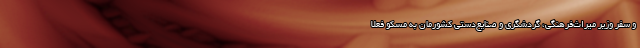
و سفر وزیر میراث‌فرهنگی، گردشگری و صنایع‌دستی کشورمان به مسکو فعلا